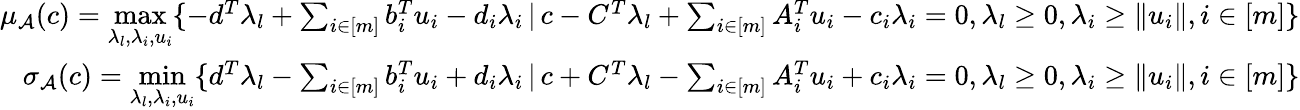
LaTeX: \begin{array}{r}{\mu_{\mathcal{A}}(c)=\underset{\lambda_{l},\lambda_{i},u_{i}}{\textup{max}}\{ -d^{T}\lambda_{l}+\sum_{i\in[m]}b_{i}^{T}u_{i}-d_{i}\lambda_{i}\, |\, c-C^{T}\lambda_{l}+\sum_{i\in[m]}A_{i}^{T}u_{i}-c_{i}\lambda_{i}=0,\lambda_{l}\geq 0,\lambda_{i}\geq\| u_{i}\| ,i\in[m]\} }\\ {\sigma_{\mathcal{A}}(c)=\underset{\lambda_{l},\lambda_{i},u_{i}}{\textup{min}}\{ d^{T}\lambda_{l}-\sum_{i\in[m]}b_{i}^{T}u_{i}+d_{i}\lambda_{i}\, |\, c+C^{T}\lambda_{l}-\sum_{i\in[m]}A_{i}^{T}u_{i}+c_{i}\lambda_{i}=0,\lambda_{l}\geq 0,\lambda_{i}\geq\| u_{i}\| ,i\in[m]\} }\end{array}